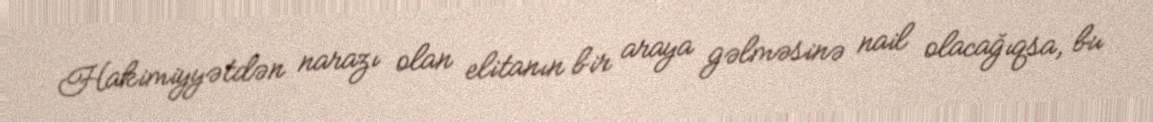
Hakimiyyətdən narazı olan elitanın bir araya gəlməsinə nail olacağıqsa, bu